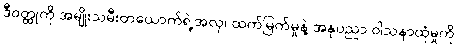
ဒီဝတ္ထုကို အမျိုးသမီးတယောက်ရဲ့အလှ၊ ထက်မြက်မှုနဲ့ အနုပညာ ဝါသနာထုံမှုကို